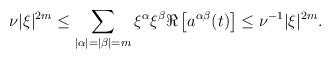
LaTeX: \begin{align*}\nu |\xi|^{2m} \leq \sum_{|\alpha|=|\beta|=m} \xi^\alpha \xi^\beta\Re\left[a^{\alpha \beta}(t)\right] \leq \nu^{-1} |\xi|^{2m}.\end{align*}